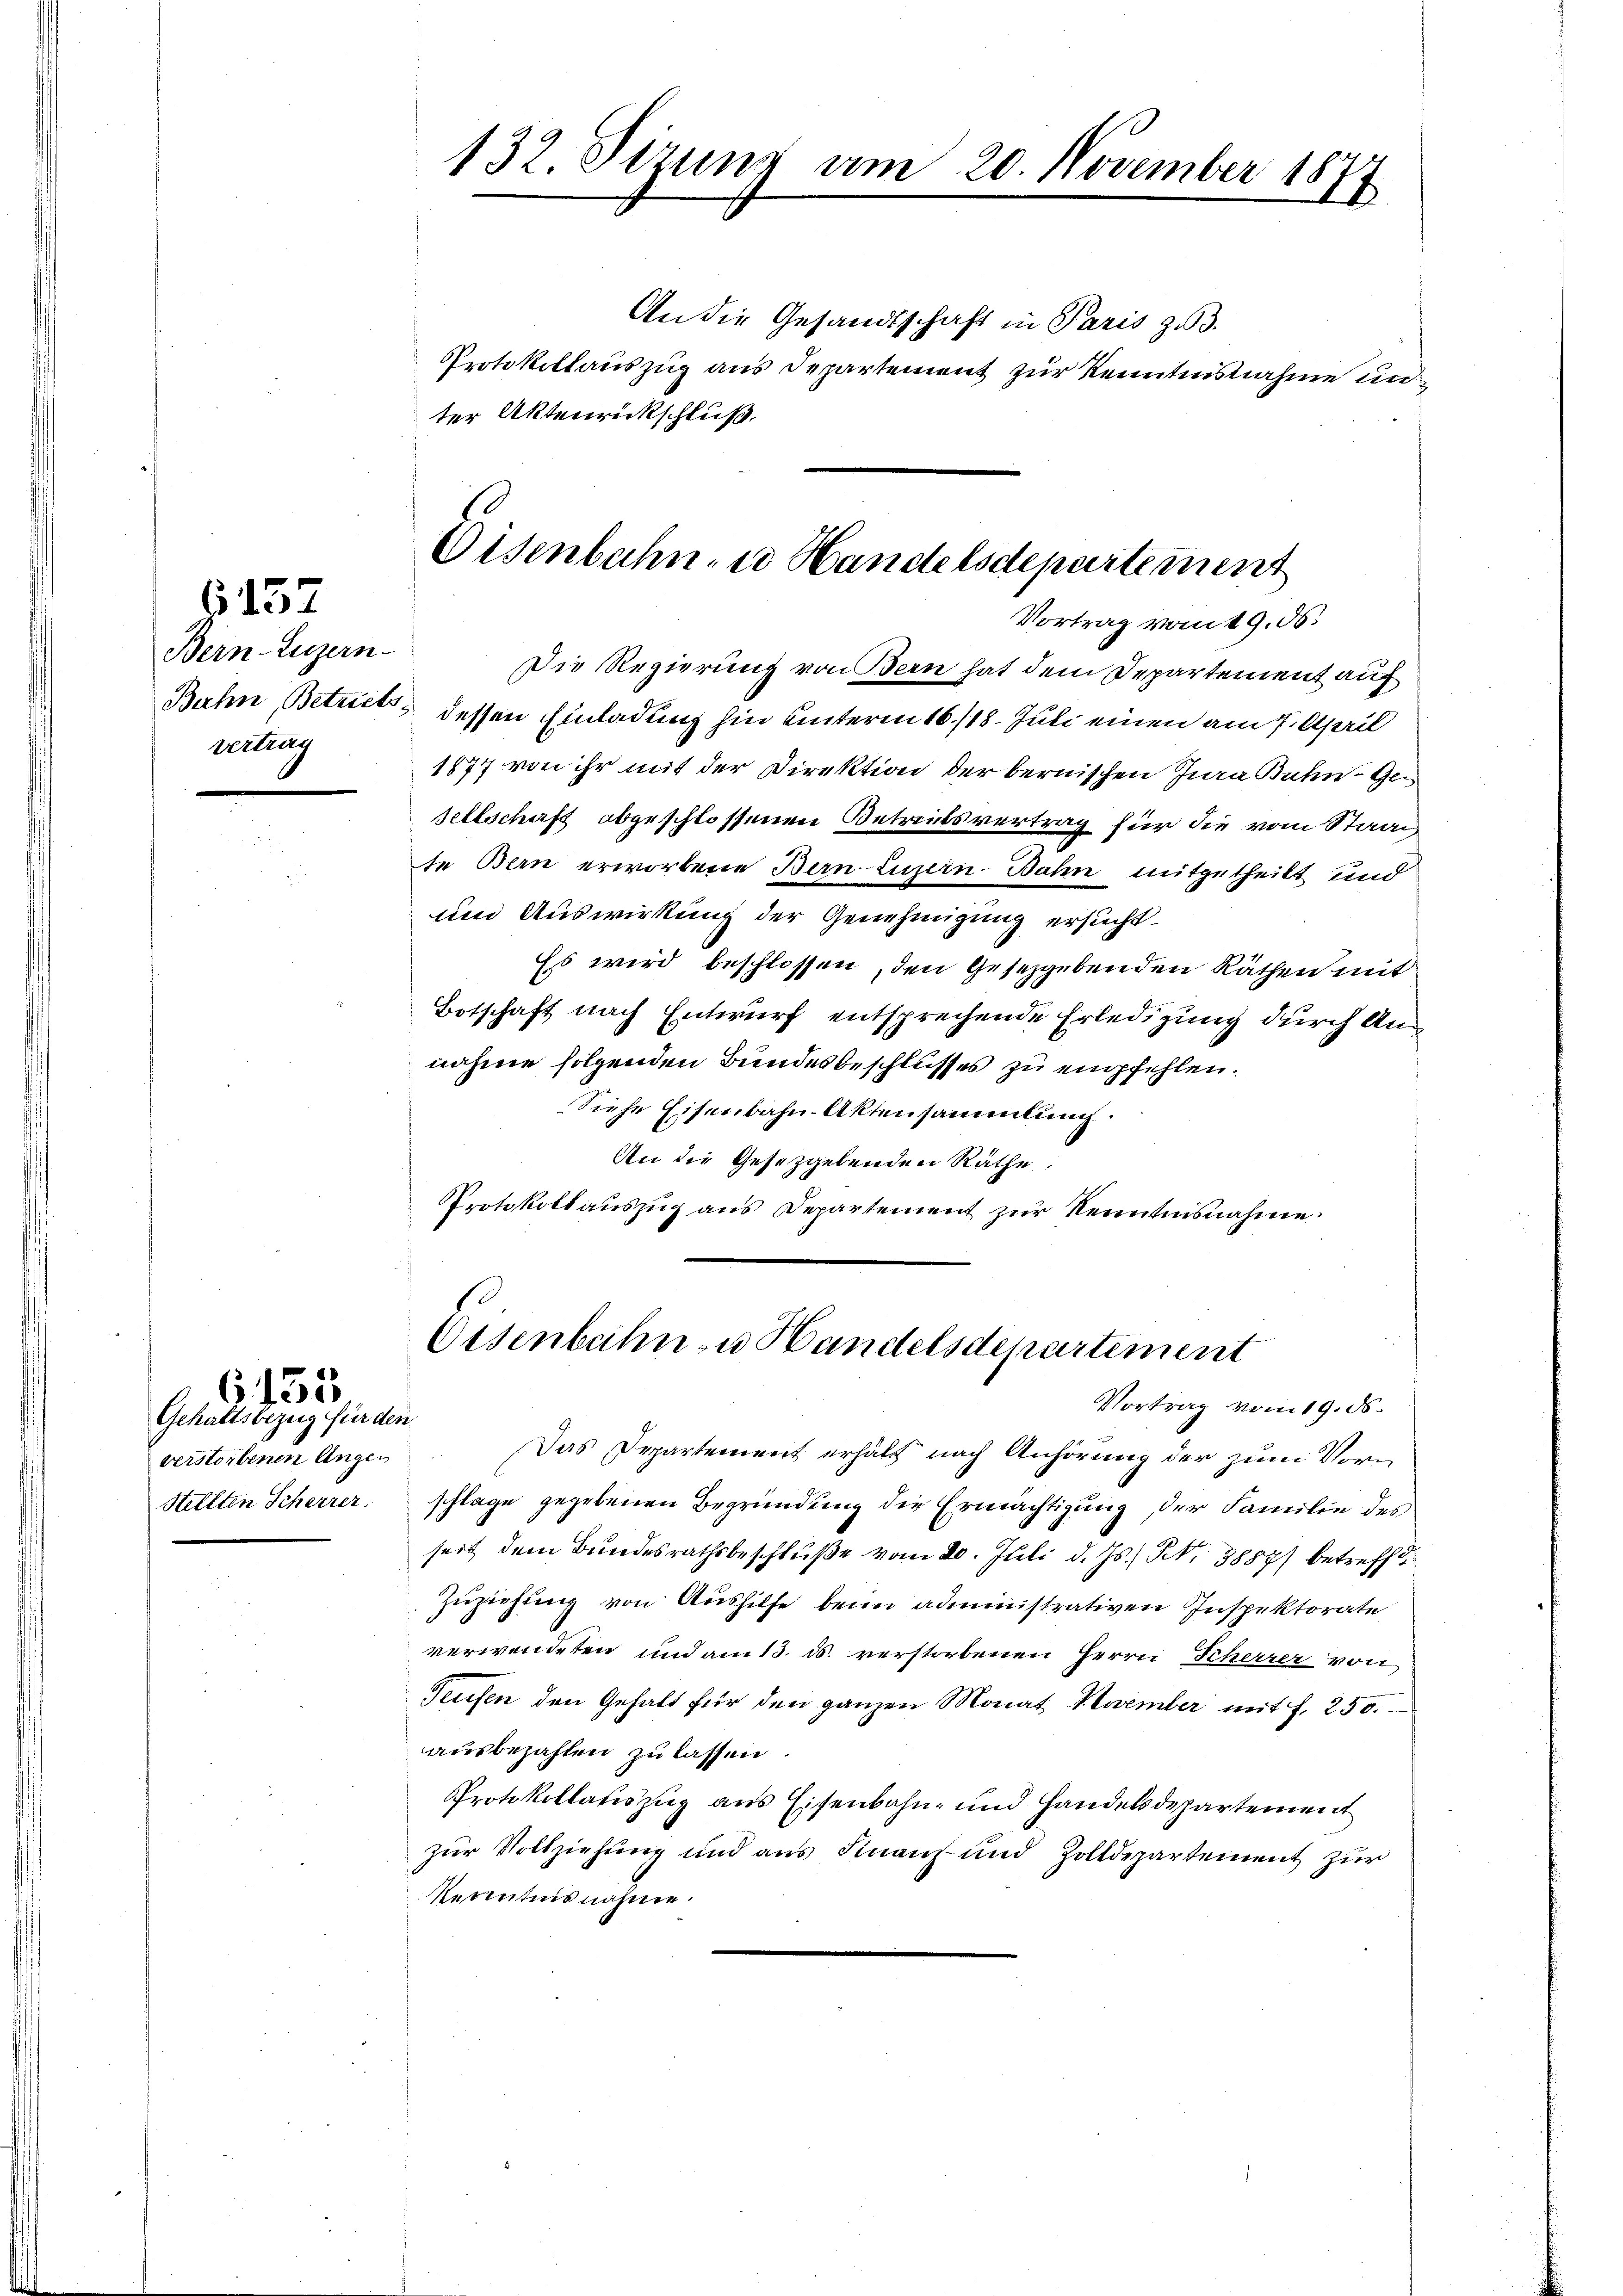
Bern-Luzern
vertung

6157

Gehaltsbezug für den
verstorbenen Ange¬
Stellten Scherrer.

G. 155

An die Gesandtschaft in Paris zu 3.
Protokollauszug aus Departement zur Kenntnisnahme unter Aktenrückschluß.

Die Regierung von Bern hat dem Departement auf
Bahn, Betricts dessen Einladung hin unterm 16./18. Juli einen am 7. April
1877 von ihr mit der Direktion der bernischen Jura Buhn Gesellschaft abgeschlossenen Betreibsvertrag für die vom Staat
te Bern erworbene Bern-Luzern Bahn mitgetheilt und
und Auswirkung der Genehmigung ersucht
Es wird beschlossen, den Gesetzgebenden Räthen mit
Botschaft nach Entwurf entsprechende Erledigung durch Annahme folgenden Bundesbeschlusses zu empfehlen.
Siehe Eisenbahn-Aktensammlung.
An die Gesetzgebenden Räthe
Protokollauszug aus Departement zur Kenntnisnahme.

132. Sizung am 20. November 1877

Eisenbahn, in Handelsdepartement
Vortrag vom 19. ds.

Das Departement erhält nach Anhörung der zum Vorn
schlage gegebenen Begründung die Ermächtigung, der Familie des
seit dem Bundesrathsbeschluße vom 20. Juli d. Js., N. 3887) betreff
Zuziehung von Aushilfe beim administrativen Inspektorate
verwendeten und am 13. ds. verstorbenen Herrn Scherrer von
Teufen den Gehalt für den ganzen Monat November mit S. 250.
ausbezahlen zu lassen.
Protokollatiszug aus Eisenbahn- und Handelsdepartement
zur Vollziehung und aus Finanz und Zolldepartement zur
Rerentnisnahme.

Eisenbahn zu Handelsdepartement
Vortrag vom 19. ds.